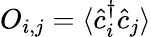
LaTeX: O_{i,j}=\langle\hat{c}_{i}^{\dagger}\hat{c}_{j}\rangle